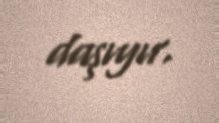
daşıyır.